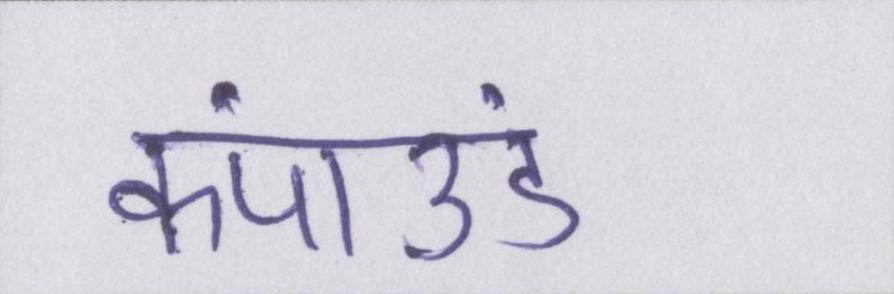
कंपाउंड